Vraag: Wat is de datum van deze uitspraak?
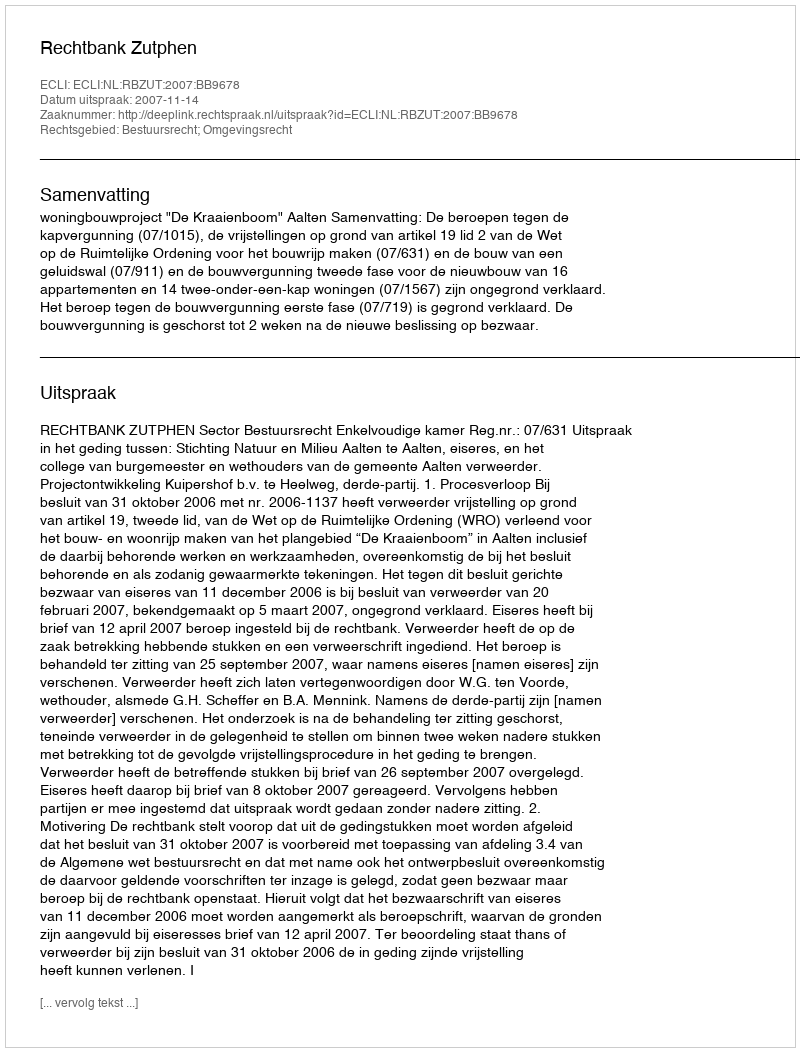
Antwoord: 2007-11-14